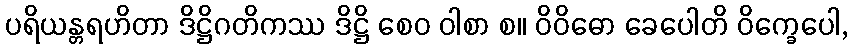
ပရိယန္တရဟိတာ ဒိဋ္ဌိဂတိကဿ ဒိဋ္ဌိ စေဝ ဝါစာ စ။ ဝိဝိဓော ခေပေါတိ ဝိက္ခေပေါ,